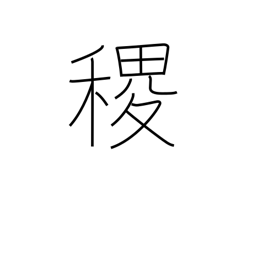
Meaning: millet